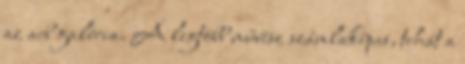
az acb galéria. A legtöbb művész számlaképes, tehát a